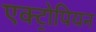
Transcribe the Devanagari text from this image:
एक्ट्रोपियन